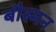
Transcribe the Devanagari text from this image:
बौस्मन